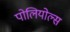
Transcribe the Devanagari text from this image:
पोलियोल्स